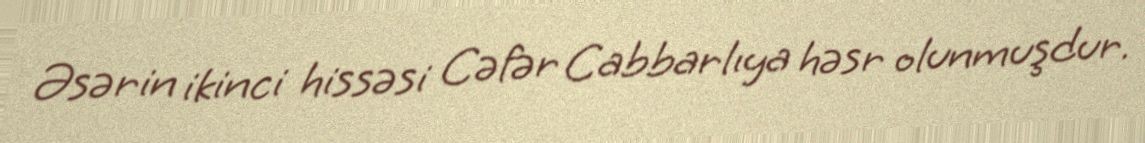
Əsərin ikinci hissəsi Cəfər Cabbarlıya həsr olunmuşdur.